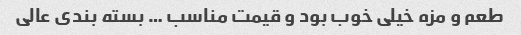
طعم و مزه خیلی خوب بود و قیمت مناسب … بسته بندی عالی